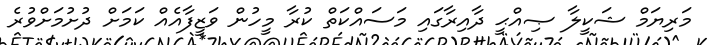
މަރިޔަމް ޝަކީލާ ޞިއްޙީ ދާއިރާގައި މަސައްކަތް ކުރާ މީހުން ވަޒީފާއެއް ކަމަށް ދުށުމަށްވުރެ